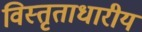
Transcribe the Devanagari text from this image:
विस्तृताधारीय